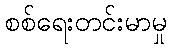
စစ်ရေးတင်းမာမှု